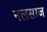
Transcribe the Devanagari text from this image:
नलसाज